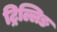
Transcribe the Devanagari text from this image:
ट्रिल्लिङ